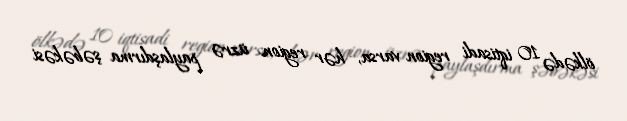
ölkədə 10 iqtisadi region varsa, hər region üzrə paylaşdırma şəbəkəsi